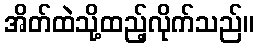
အိတ်ထဲသို့ထည့်လိုက်သည်။